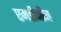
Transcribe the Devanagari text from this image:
एमडीजीज